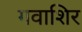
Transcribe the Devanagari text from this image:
गवाशिर